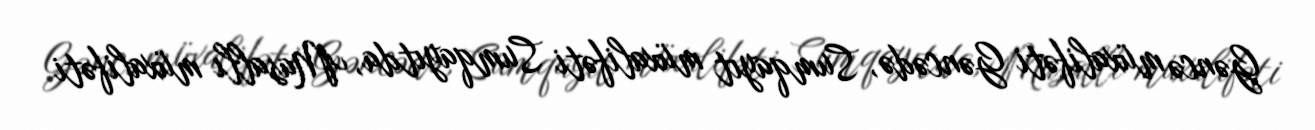
Gəncə müxalifəti Gəncədə, Sumqayıt müxalifəti Sumqayıtda, Masallı müxalifəti